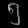
Digit: ၅